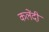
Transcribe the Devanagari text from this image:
कलेंदी